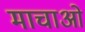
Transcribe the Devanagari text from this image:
माचाओ